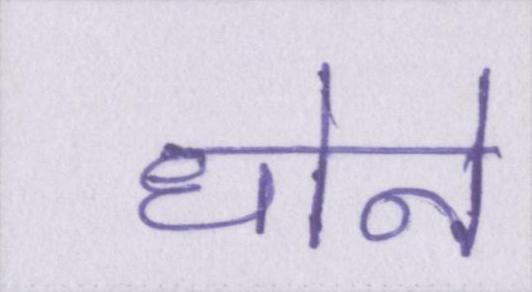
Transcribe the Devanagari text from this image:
धोने